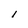
Character: l